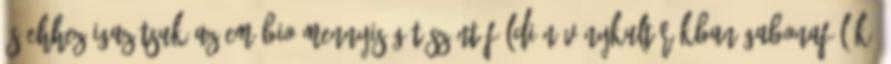
és ehhez igazítsuk az EM-BIO mennyiségét Szántóföldi növénykultúrákban gabonafélék,